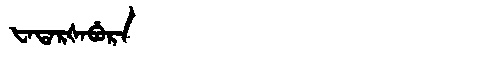
Manchu: ᡶᠠᡨᠠᡵᡧᠠᠪᡠᡵᠠ
Romanization: FATARŠABURA